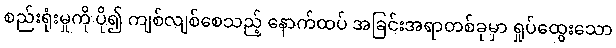
စည်းရုံးမှုကို ပို၍ ကျစ်လျစ်စေသည့် နောက်ထပ် အခြင်းအရာတစ်ခုမှာ ရှုပ်ထွေးသော